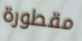
مقطورة